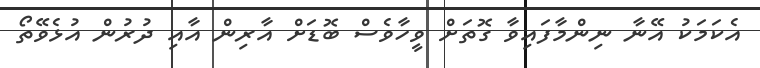
އެކަމަކު އޭނާ ނިންމާފައިވާ ގޮތަށް ވީހާވެސް ބޮޑަށް އާރިން އާއި ދުރުން އުޅެވޭތޯ